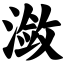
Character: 潋